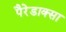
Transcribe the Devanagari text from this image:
पैरेडाक्सा